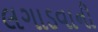
લગાડવાની